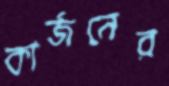
কার্জনের